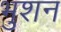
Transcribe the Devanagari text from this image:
भुशन